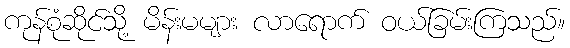
ကုန်စုံဆိုင်သို့ မိန်းမများ လာရောက် ဝယ်ခြမ်းကြသည်။